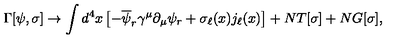
\Gamma [ \psi , \sigma ] \rightarrow \int d ^ { 4 } x \left[ - \overline { { \psi } } _ { r } \gamma ^ { \mu } \partial _ { \mu } \psi _ { r } + \sigma _ { \ell } ( x ) j _ { \ell } ( x ) \right] + N T [ \sigma ] + N G [ \sigma ] ,